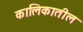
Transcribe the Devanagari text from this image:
कालिकातील